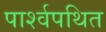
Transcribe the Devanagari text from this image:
पार्श्वपथित